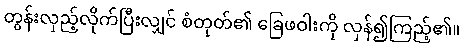
တွန်းလှည့်လိုက်ပြီးလျှင် စံတုတ်၏ ခြေဖဝါးကို လှန်၍ကြည့်၏။